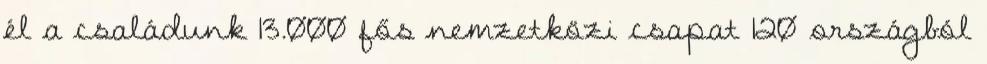
él a családunk 13.000 fős nemzetközi csapat 120 országból